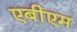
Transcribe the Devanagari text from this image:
एबीएम